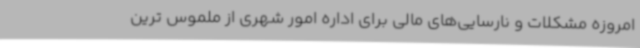
امروزه مشکلات و نارسایی‌های مالی برای اداره امور شهری از ملموس ترین